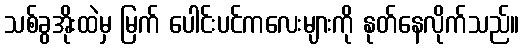
သစ်ခွအိုးထဲမှ မြက် ပေါင်းပင်ကလေးများကို နုတ်နေလိုက်သည်။